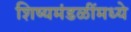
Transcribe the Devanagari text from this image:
शिष्यमंडळींमध्ये